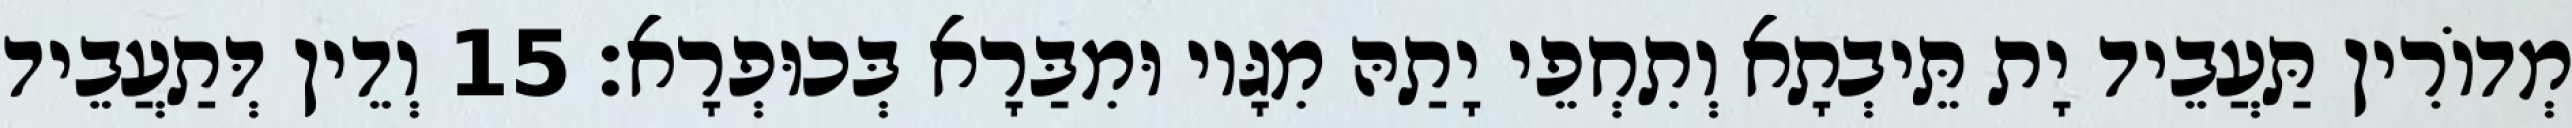
מְדוֹרִין תַּעֲבֵיד יָת תֵּיבְתָא וְתִחְפֵי יָתַהּ מִגָּיו וּמִבַּרָא בְּכוּפְרָא׃ 15 וְדֵין דְּתַעֲבֵיד